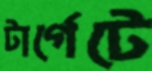
টার্গেটে